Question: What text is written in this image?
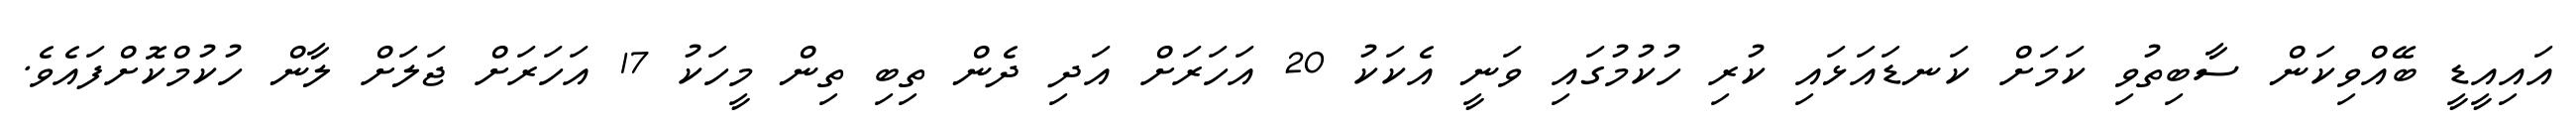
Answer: އައިއީޑީ ބޭއްވިކަން ސާބިތުވި ކަމަށް ކަނޑައަޅައި ކުރި ހުކުމުގައި ވަނީ އެކަކު 20 އަހަރަށް އަދި ދެން ތިބި ތިން މީހަކު 17 އަހަރަށް ޖަލަށް ލާން ހުކުމްކޮށްފައެވެ.